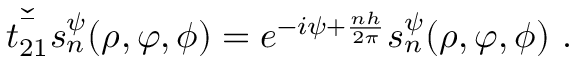
\check { \bar { t _ { 2 1 } } } s _ { n } ^ { \psi } ( \rho , \varphi , \phi ) = e ^ { - i \psi + \frac { n h } { 2 \pi } } s _ { n } ^ { \psi } ( \rho , \varphi , \phi ) ~ .